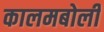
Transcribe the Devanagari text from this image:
कालमबोली